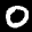
Label: 0